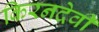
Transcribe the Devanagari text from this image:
किरनदेवी